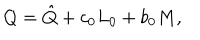
Q = \hat { Q } + c _ { 0 } L _ { 0 } + b _ { 0 } M ,